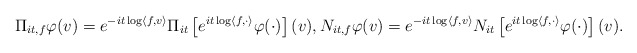
\begin{align*}\Pi_{it, f} \varphi (v) = e^{-it \log \langle f, v\rangle } \Pi_{it} \left[ e^{it \log \langle f, \cdot \rangle} \varphi(\cdot) \right](v), N_{it, f} \varphi(v) = e^{-it \log \langle f, v\rangle } N_{it} \left[ e^{it \log \langle f, \cdot \rangle} \varphi(\cdot) \right](v). \end{align*}